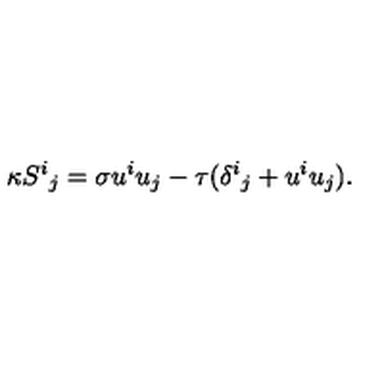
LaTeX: \kappa { S ^ { i } } _ { j } = \sigma u ^ { i } u _ { j } - \tau ( { \delta ^ { i } } _ { j } + u ^ { i } u _ { j } ) .